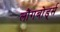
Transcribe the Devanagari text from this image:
लौंगबोर्ड्स